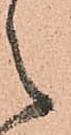
之